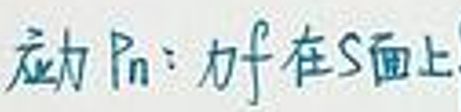
压力\(P_n\)：力$f$在\(S\)面上。